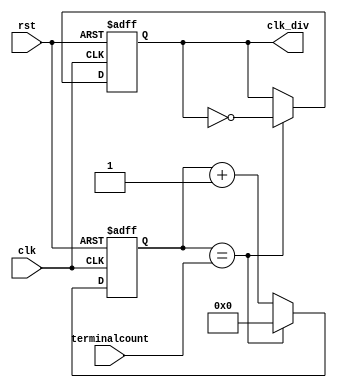
`timescale 1ns / 1ps
//////////////////////////////////////////////////////////////////////////////////
// Company: 
// Engineer: 
// 
// Design Name: 
// Module Name: clkdiv
// Project Name: 
// Target Devices: 
// Tool Versions: 
// Description: 
// 
// Dependencies: 
// 
// Revision:
// Revision 0.01 - File Created
// Additional Comments:
// 
//////////////////////////////////////////////////////////////////////////////////


module clkdiv(
    input clk, rst,
    output reg clk_div,
    input [15:0] terminalcount
    );
	

reg [15:0] count;
wire tc;

assign tc = (count == terminalcount);	// Place a comparator on the counter output

always @ (posedge(clk), posedge(rst))
begin
    if (rst) count <= 0;
    else if (tc) count <= 0;		// Reset counter when terminal count reached
    else count <= count + 1;
end

always @ (posedge(clk), posedge(rst))
begin
    if (rst) clk_div <= 0;
    else if (tc) clk_div = !clk_div;	// T-FF with tc as input signal
end
endmodule